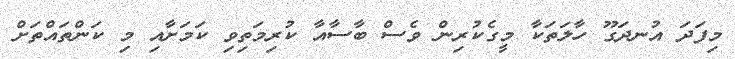
މިފަދަ އުނދަގޫ ހާލަތަކާ މީގެކުރިން ވެސް ބާސާއާ ކުރިމަތިވި ކަމަށާއި މި ކަންތައްތަށް